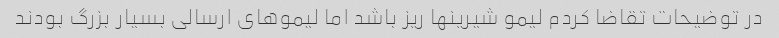
در توضیحات تقاضا کردم لیمو شیرینها ریز باشد اما لیموهای ارسالی بسیار بزرگ بودند